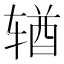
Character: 𬨎